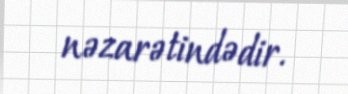
nəzarətindədir.